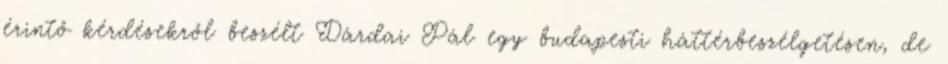
érintő kérdésekről beszélt Dárdai Pál egy budapesti háttérbeszélgetésen, de